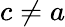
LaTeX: c\neq a